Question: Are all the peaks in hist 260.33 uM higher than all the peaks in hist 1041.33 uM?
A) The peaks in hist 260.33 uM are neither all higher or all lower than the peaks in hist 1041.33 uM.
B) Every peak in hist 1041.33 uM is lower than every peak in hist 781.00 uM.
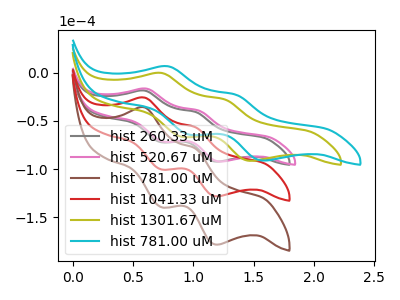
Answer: <think>The gray curve "hist 260.33 uM" has anodic peaks at (0.60V, -18.65uA) (1.00V, -40.75uA) and cathodic peaks at (0.75V, -72.15uA) (1.20V, -92.30uA). The pink curve "hist 520.67 uM" has anodic peaks at (0.60V, -16.70uA) (1.05V, -39.35uA) and cathodic peaks at (0.75V, -71.55uA) (1.25V, -92.20uA). The brown curve "hist 781.00 uM" has anodic peaks at (0.60V, -51.90uA) (1.00V, -113.30uA) and cathodic peaks at (0.75V, -200.60uA) (1.20V, -256.60uA). The red curve "hist 1041.33 uM" has anodic peaks at (0.60V, -25.95uA) (1.00V, -56.65uA) and cathodic peaks at (0.75V, -100.30uA) (1.20V, -128.30uA). The olive curve "hist 1301.67 uM" has anodic peaks at (0.75V, -0.45uA) (1.25V, -27.75uA) and cathodic peaks at (0.90V, -66.60uA) (1.50V, -91.50uA). The cyan curve "hist 781.00 uM" has anodic peaks at (0.80V, 6.50uA) (1.35V, -22.85uA) and cathodic peaks at (0.95V, -64.50uA) (1.60V, -91.20uA).</think>
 <answer>A) The peaks in "hist 260.33 uM" are neither all higher or all lower than the peaks in "hist 1041.33 uM".</answer>
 <eval>A</eval>